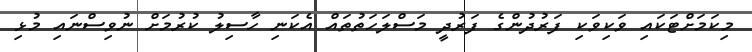
މިކަމަށްޓަކައި ވަކިވަކި ފަރުދުންގެ ފަރުދީ މަސްލަހަތުތައް އެކަނި ހާސިލު ކުރުމަށް ނުވިސްނައި މުޅި